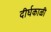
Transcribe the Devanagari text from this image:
दीर्घकाळी